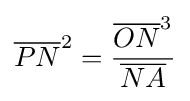
{\overline {PN}}^{2}={\frac {{\overline {ON}}^{3}}{\overline {NA}}}